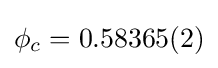
\phi _{c}=0.58365(2)